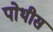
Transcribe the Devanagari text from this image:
पोथीस